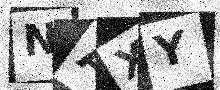
Text: NAXY